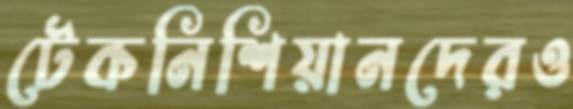
টেকনিশিয়ানদেরও